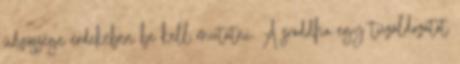
üdvössége érdekében be kell mutatni. A sráddha egy tűzáldozatot